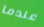
عندما